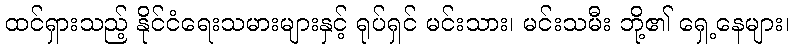
ထင်ရှားသည့် နိုင်ငံရေးသမားများနှင့် ရုပ်ရှင် မင်းသား၊ မင်းသမီး ဘို့၏ ရှေ့နေများ၊